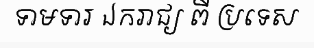
ទាមទារ ឯករាជ្យ ពី ប្រទេស